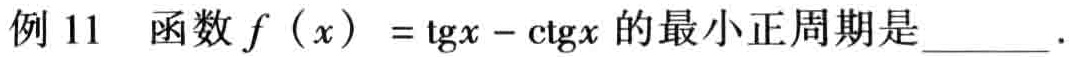
例 11 函数\(f(x)=\tg x - \ctg x\)的最小正周期是______.